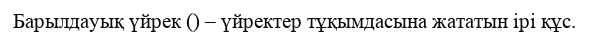
Барылдауық үйрек () – үйректер тұқымдасына жататын ірі құс.